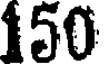
150